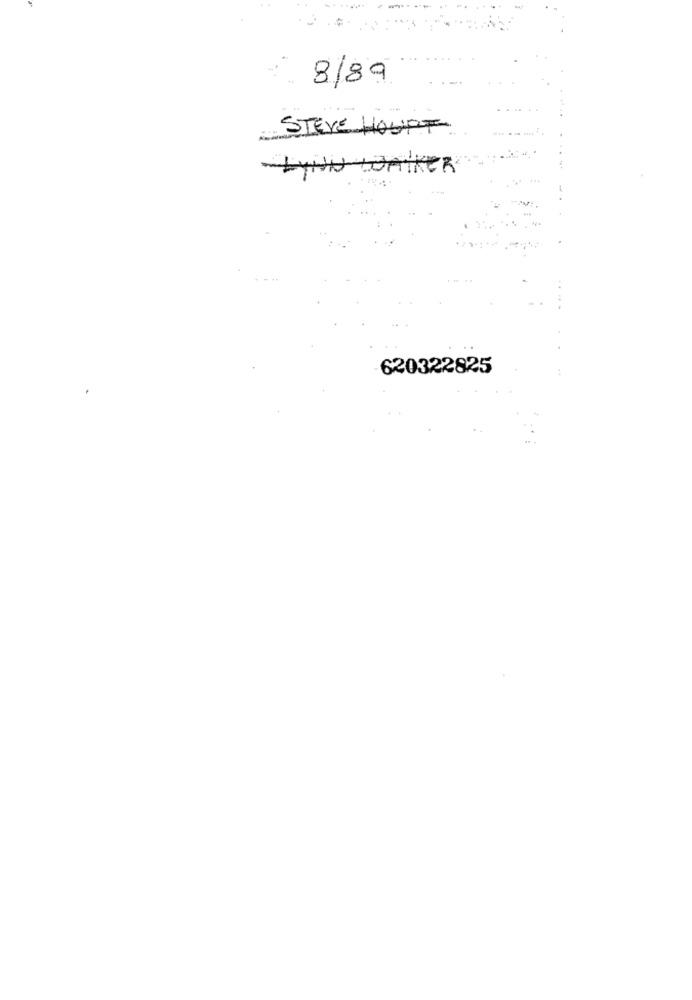
8/89
STEVE HOUPT
LYNN WALKER
620322825